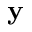
\mathbf { y }